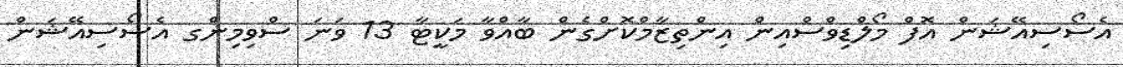
އެސޯސިއޭޝަން އޮފް މޯލްޑިވްސްއިން އިންތިޒާމްކޮށްގެން ބާއްވާ މަކީޓާ 13 ވަނަ ސްވިމިންގ އެސޯސިއޭޝަން